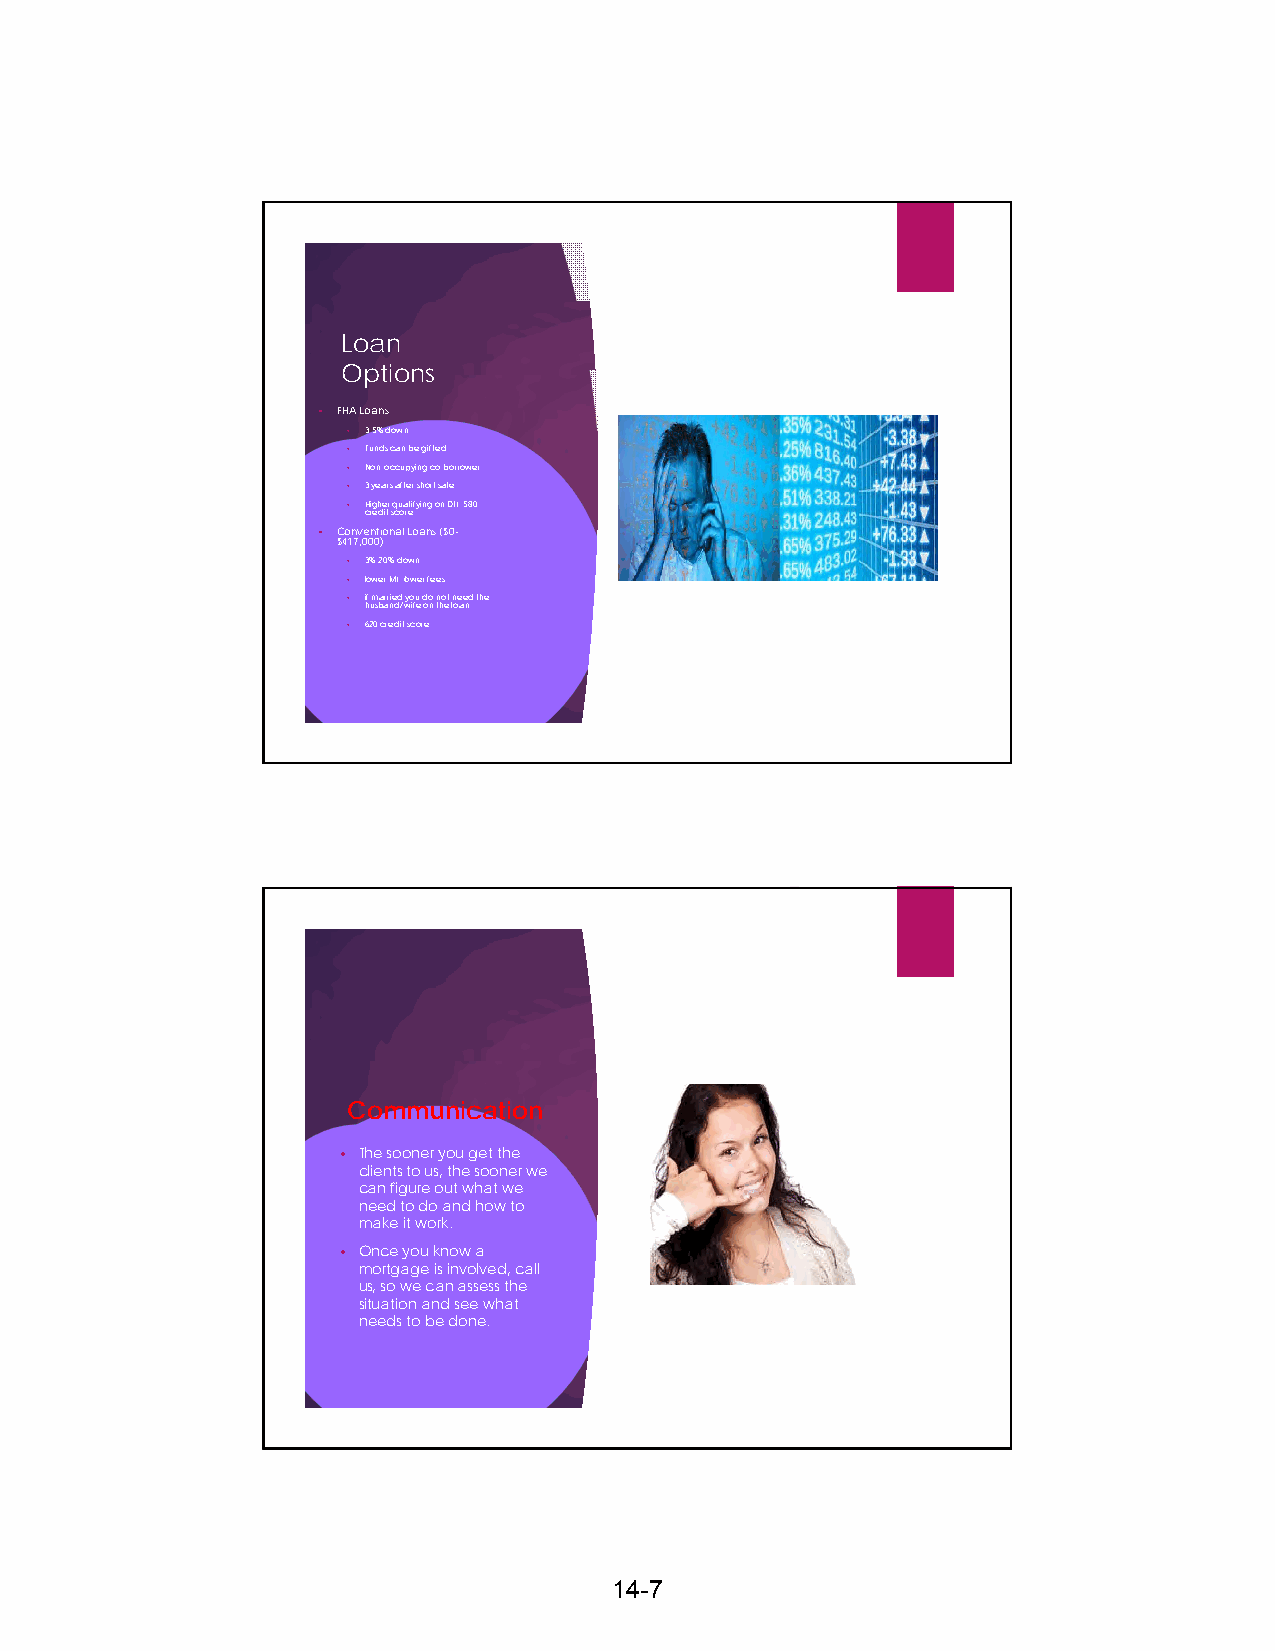
Loan
 Options
 • FHA Loans
 • 3.5% down
 • Funds can be gifted
 • Non-occupying co-borrower
 • 3 years after short sale
 • H crig eh de it r s q cu oa relifying on DTI, 580
 • Conventional Loans ($0-
 $417,000)
 • 3%-20% down,
 • lower MI, lower fees,
 • i hf um sba arr nie dd / wyo ifu e d oo n n tho et ln oe ae nd the
 • 620 credit score
 Communication
 • The sooner you get the
 clients to us, the sooner we
 can figure out what we
 need to do and how to
 make it work.
 • Once you know a
 mortgage is involved, call
 us, so we can assess the
 situation and see what
 needs to be done.
 14-7